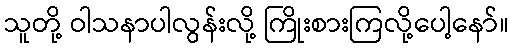
သူတို့ ဝါသနာပါလွန်းလို့ ကြိုးစားကြလို့ပေါ့နော်။